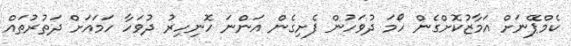
ކެމްޕޭނަށް އަމާޒުކޮށްގެން ހޯމަ ދުވަހުން ފެށިގެން އަންނަ ހޮނިހިރު ދުވަހާ ހަމައަށް ދަތުރުތައް